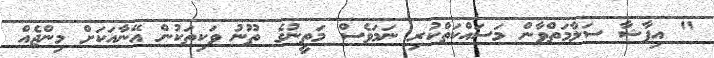
" އިފާޝާ ސަލާމަތްވާން މަސައްކަތްކުރި ނަމަވެސް މަތީނުގެ ތޫނު ވަކިތަކުން އޭނާއަކަށް މިންޖެއް